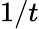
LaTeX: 1/t